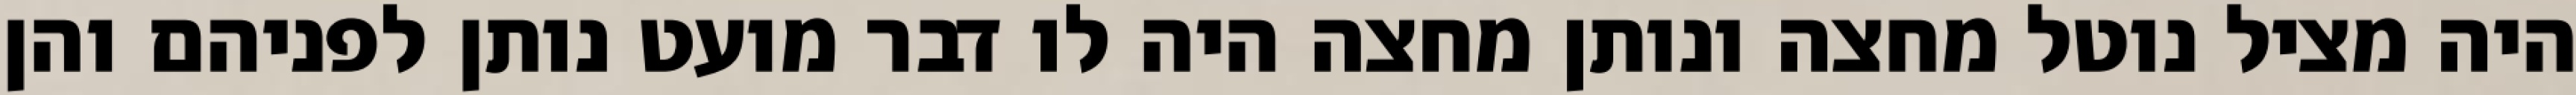
היה מציל נוטל מחצה ונותן מחצה היה לו דבר מועט נותן לפניהם והן